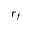
r _ { f }